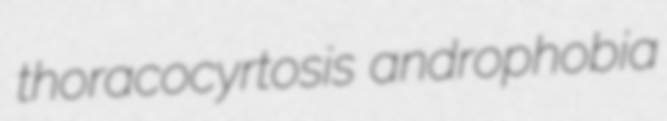
thoracocyrtosis androphobia